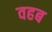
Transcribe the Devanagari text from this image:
वहब